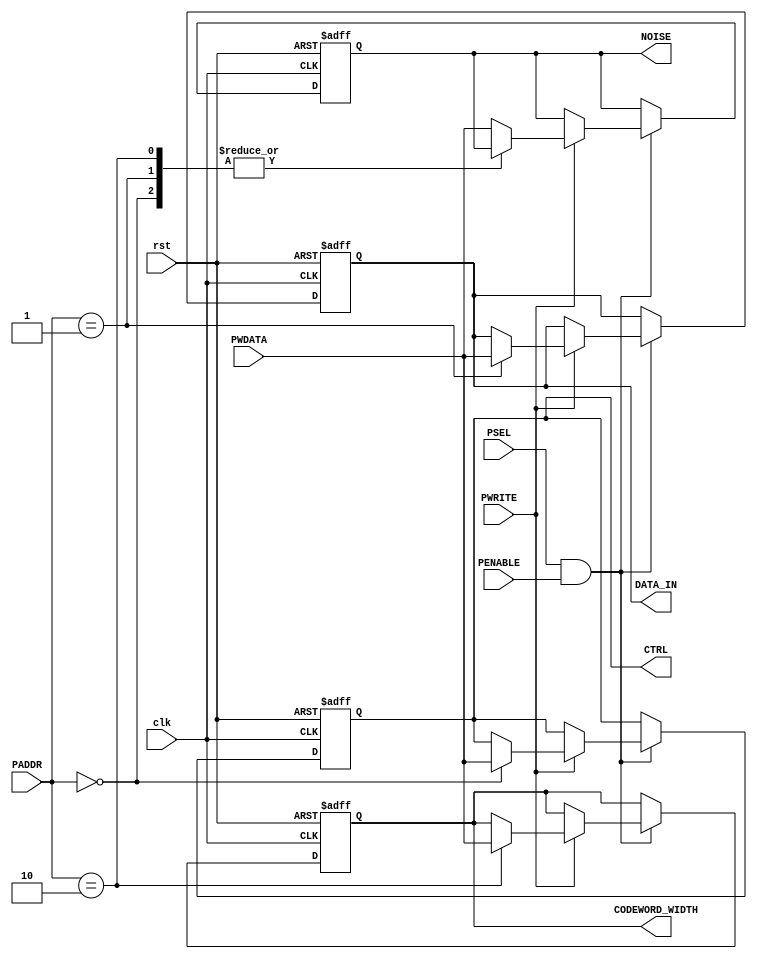
//
// Verilog Module Project1_lib.Register_selctor
//
// Created:
//          by - benmaorr.refael,kapelnik.Tal (L330W509)
				
//          at - 11:29:09 11/15/2021
//
// using Mentor Graphics HDL Designer(TM) 2019.2 (Build 5)
//

`resetall
`timescale 1ns/10ps
module Register_selctor
#(
// parameter DATA_WIDTH = 32,
// parameter AMBA_ADDR_WIDTH = 20,
parameter AMBA_WORD = 32
)
(
input wire clk,
input wire rst,
input wire [1:0] PADDR,
input wire [AMBA_WORD-1:0] PWDATA,
input wire PENABLE,
input wire PSEL,
input wire PWRITE,
output reg [AMBA_WORD-1:0] CTRL ,
output reg [AMBA_WORD-1:0] DATA_IN,
output reg [AMBA_WORD-1:0] CODEWORD_WIDTH,
output reg [AMBA_WORD-1:0] NOISE
);

wire start_work;


// This module is the register bank of the ECC_ENC_DEC module. the parameter got from the top entity are the sizes of the registers.
// To interact with module(R/W), follow the AMBA APB bus protocol.


//when PSEL&PENABLE are 1 start work, depending on R/W -> PWRITE,PADDR
 assign start_work = PSEL & PENABLE ;

// always@(PENABLE or PSEL) 
// begin : Timing_Control 
	// start_work = PENABLE & PSEL;
// end

always @(posedge clk or negedge rst) begin : Register_Selction
  if(!rst) 
	  begin
		
		CTRL <= {AMBA_WORD{1'b0}};
		DATA_IN <= {AMBA_WORD{1'b0}};
		CODEWORD_WIDTH <= {AMBA_WORD{1'b0}};
		NOISE <= {AMBA_WORD{1'b0}};
	  end
  else 
	  begin
		if(start_work) 
			begin
			    if( PWRITE) 
					begin//OFFSET OF THE ADDRES IS THE SELECTED REGISTER
						case(PADDR) // Check RTL
						  2'b00 : CTRL <= PWDATA;
						  2'b01 : DATA_IN <= PWDATA;
						  2'b10 : CODEWORD_WIDTH <= PWDATA;
						  default : NOISE <= PWDATA;
						endcase
					end
			end
	  end
end

endmodule